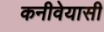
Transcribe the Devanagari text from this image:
कनीवेयासी